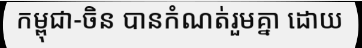
កម្ពុជា-ចិន បានកំណត់រួមគ្នា ដោយ